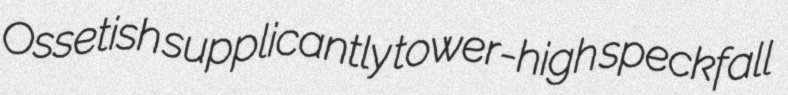
Ossetish supplicantly tower-high speckfall